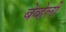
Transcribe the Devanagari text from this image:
बेव्हेर्ली